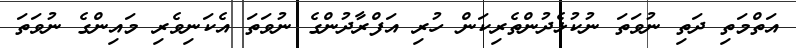
އަތްމަތި ދަތި ނުވަތަ ނުކުޅެދުންތެރިކަން ހުރި އަފްރާދުންގެ ނުވަތަ އެކަނިވެރި މައިންގެ ނުވަތަ